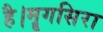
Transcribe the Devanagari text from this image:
है।मॄगसिरा